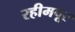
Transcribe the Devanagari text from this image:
रहीमपूर